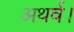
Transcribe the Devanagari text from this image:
अथर्व।